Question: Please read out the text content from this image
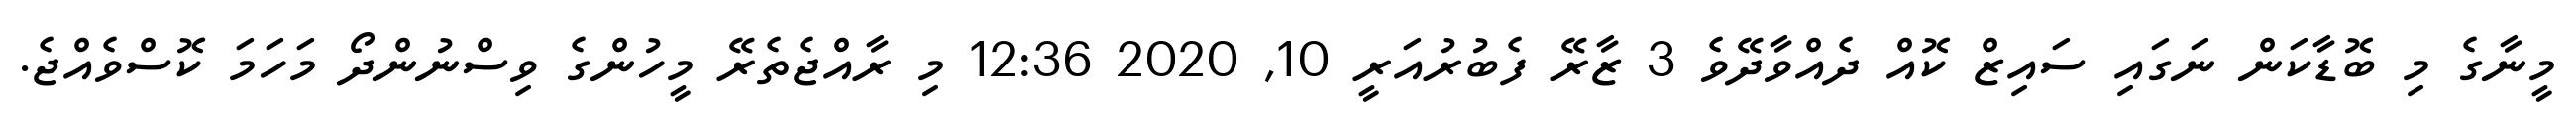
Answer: މީނާގެ މި ބޮޑާކަން ނަގައި ސައިޒް ކޮއް ދެއްވާދޭވެ 3 ޒާރޭ ފެބުރުއަރީ 10, 2020 12:36 މި ރާއްޖެތެރޭ މީހުންގެ ވިސްނުންދޯ މަހަމަ ކޮސްވެއްޖެ.